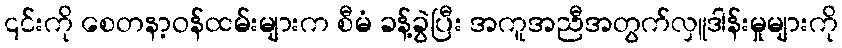
၎င်းကို စေတနာ့ဝန်ထမ်းများက စီမံ ခန့်ခွဲပြီး အကူအညီအတွက်လှူဒါန်းမှုများကို